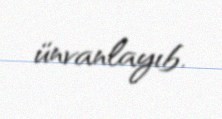
ünvanlayıb.